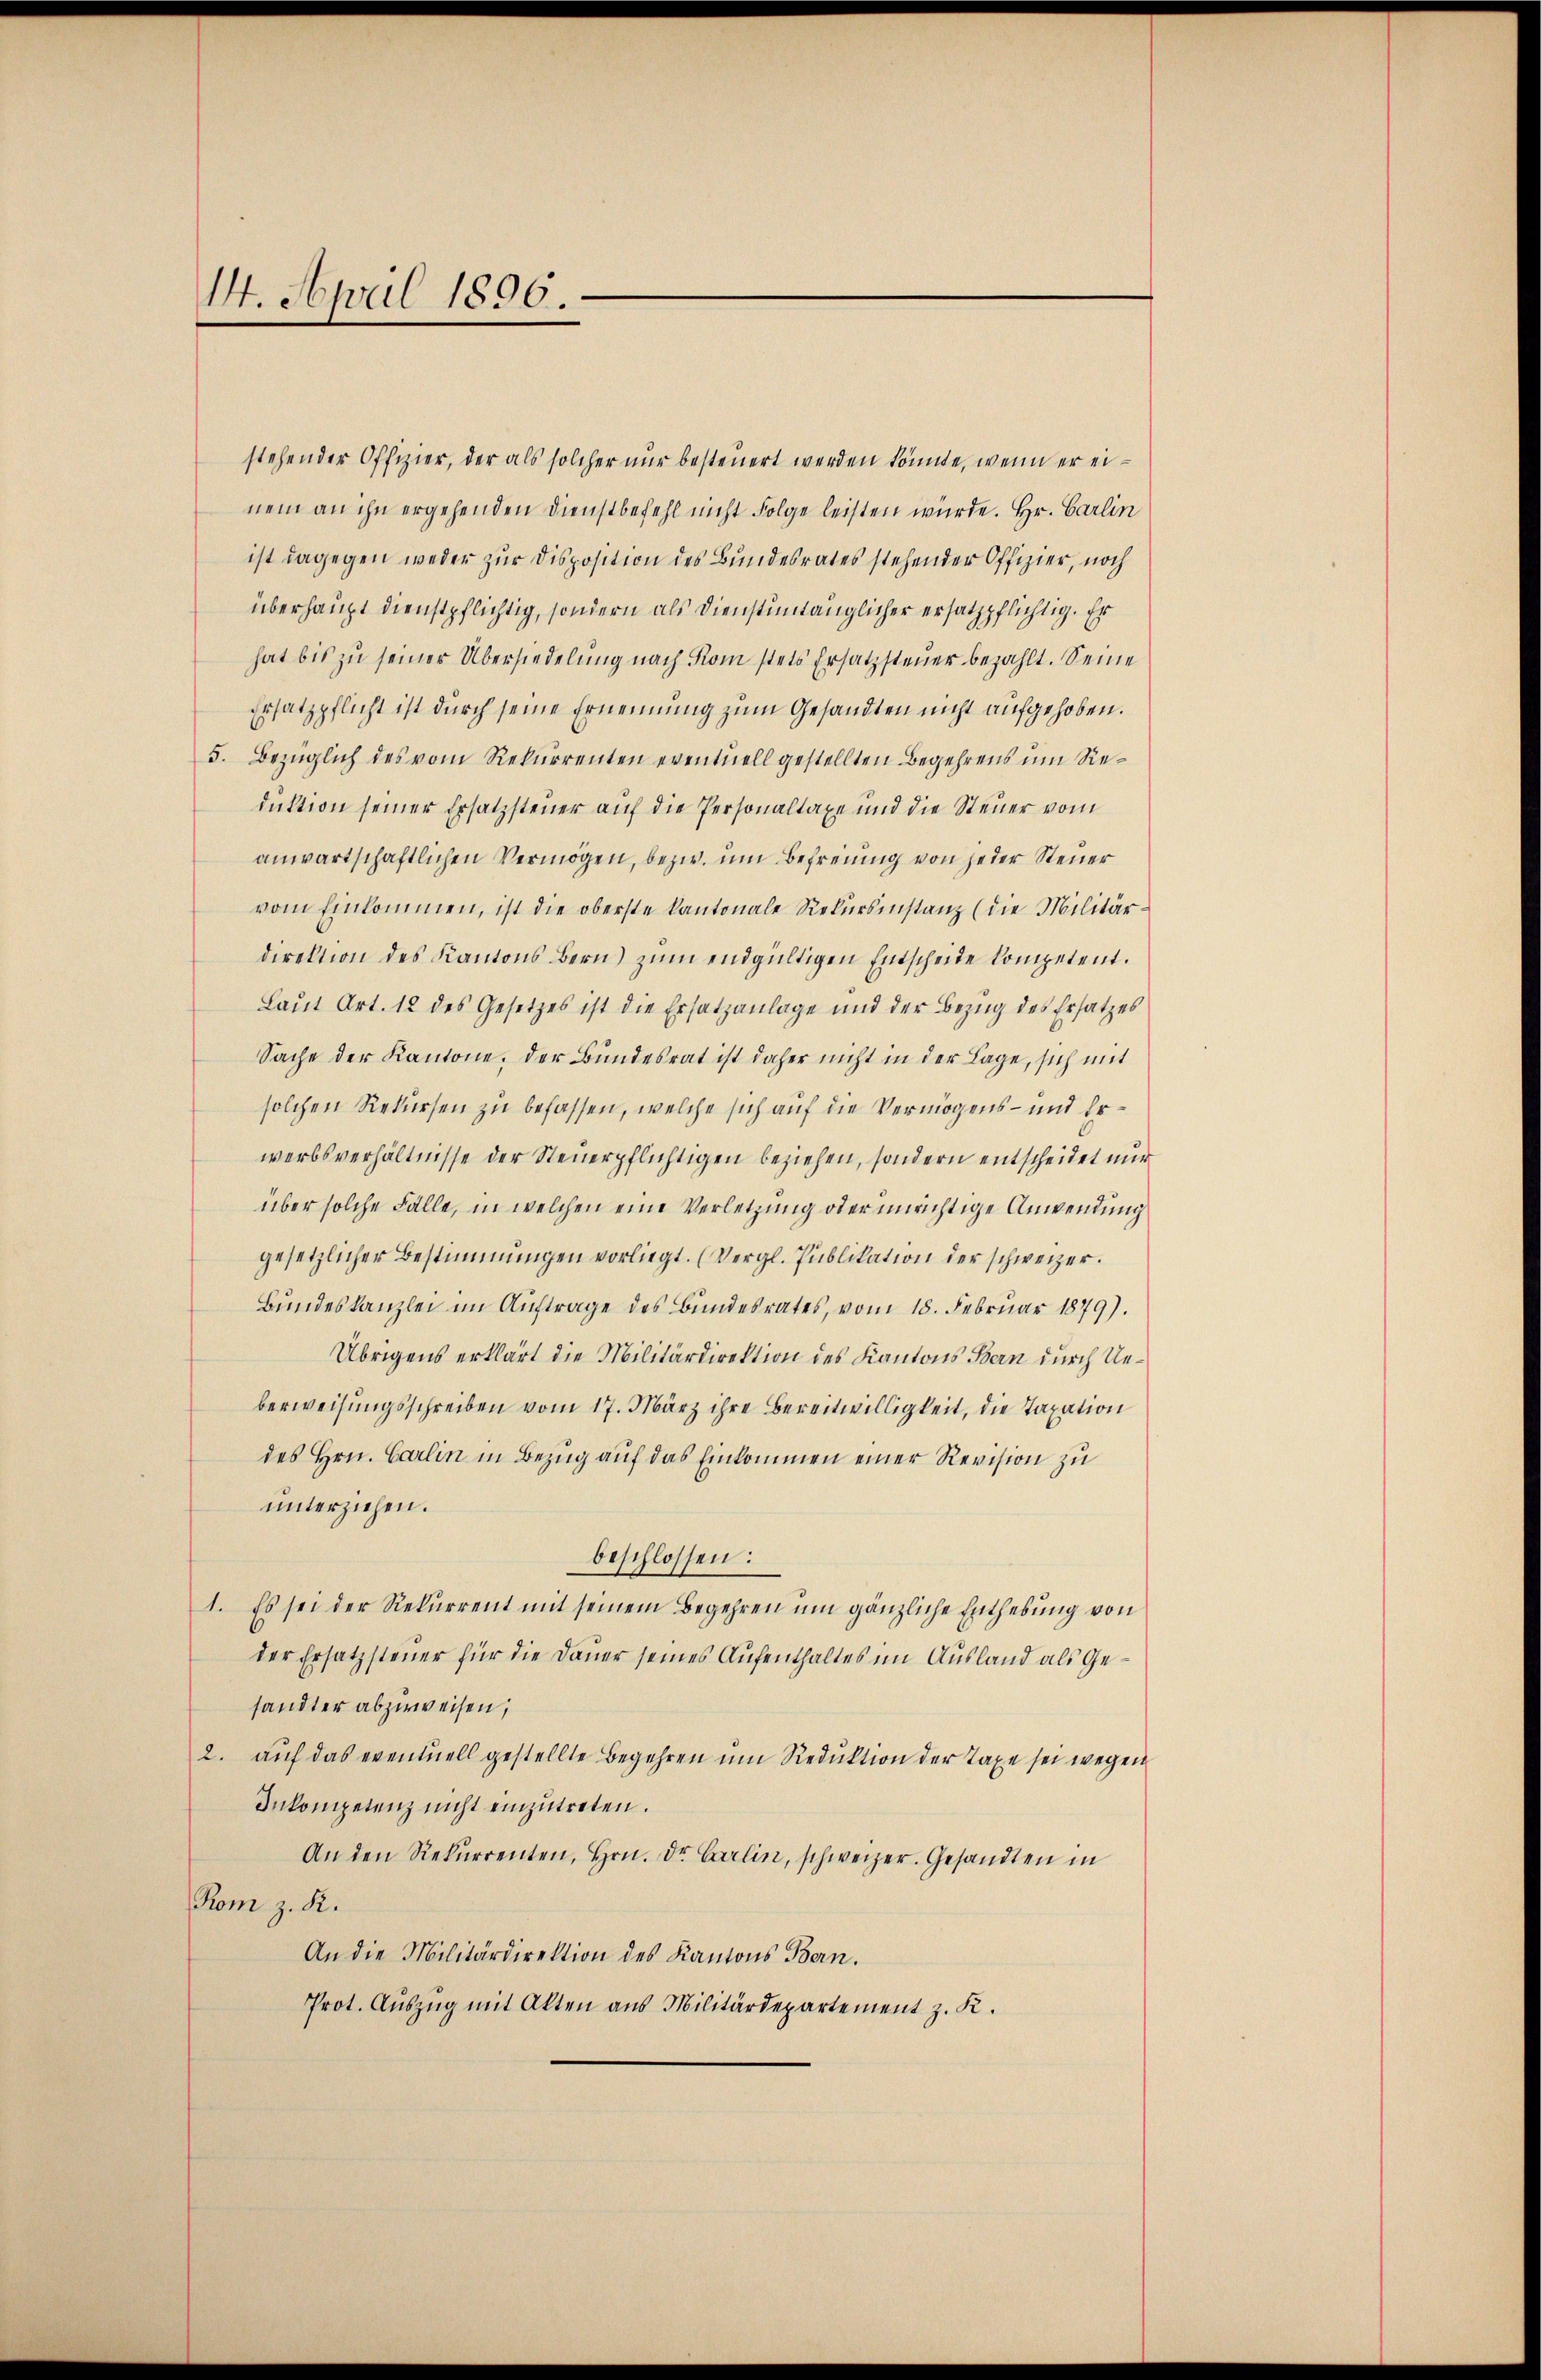
14. April 1896.

stehender Offizier, der als solcher nur besteuert werden könnte, wenn er einem an ihn ergehenden Dienstbefehl nicht Folge leisten würde. Hr. Carlin
ist dagegen weder zur Disposition des Bundesrates stehender Offizier, noch
überhaupt dienstpflichtig, sondern als Dienstuntänglicher ersatzpflichtig. Er
hat bis zu seiner Übersiedelung nach Rom stets Ersatzsteuer bezahlt. Seine
Ersatzpflicht ist durch seine Ernennung zum Gesandten nicht aufgehoben.
5. Bezüglich des vom Rekurrenten eventuell gestellten Begehrens um Sieduktion seiner Ersatzsteuer auf die Personaltaxe und die Steuer vom
anwartschaftlichen Vermögen, bezw. um Befreiung von jeder Steuer
vom Einkommen, ist die oberste kantonale Rekursinstanz (die Militär-
direktion des Kantons Bern) zum endgültigen Entscheide kompetent.
Laŭt Art. 12 des Gesetzes ist die Ersatzanlage und der Bezug des Ersatzes
Sache der Kantone, der Bundesrat ist daher nicht in der Lage, sich mit
solchen Rekursen zu befassen, welche sich auf die Vermögens- und Erwerbsverhältnisse der Steuerpflichtigen beziehen, sondern entscheidet nur
über solche Fälle, in welchen eine Verletzung oder unrichtige Anwendung
gesetzlicher Bestimmungen vorliegt. (Vergl. Publikation der schweizer.
Bundeskanzlei im Auftrage des Bundesrates, vom 18. Februar 1879).
Übrigens erklärt die Militärdirektion des Kantons Bern durch Ueberweisungsschreiben vom 17. März ihre Bereitwilligkeit, die Taxation
des Hrn. Carlin in Bezug auf das Einkommen einer Revision zu
unterziehen.
beschlossen:
1. Es sei der Rekurrent mit seinem Begehren um gänzliche Enthebung von
der Ersatzsteuer für die Dauer seines Aufenthaltes im Ausland als Gesandter abzuweisen,
2. auf das eventuell gestellte Begehren um Reduktion der Taxe sei wegen
Inkompetenz nicht einzutreten.
An den Rekurrenten, Hrn. Dr. Carlin, schweizer. Gesandten in
Kom z. R.
An die Militärdirektion des Kantons Bern.
Prot. Aŭszŭg mit Alten aus Militärdepartement z. K.